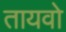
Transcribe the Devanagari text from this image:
तायवो